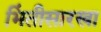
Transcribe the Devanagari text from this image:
भिंतीसारखा